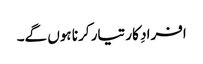
افرادِ کار تیار کرنا ہوں گے۔